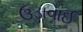
ઉડાવાઈ